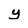
Character: y